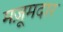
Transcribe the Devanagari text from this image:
मज़ूमदार